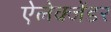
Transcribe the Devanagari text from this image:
ऐलेक्जेंडर